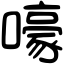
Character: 嚎